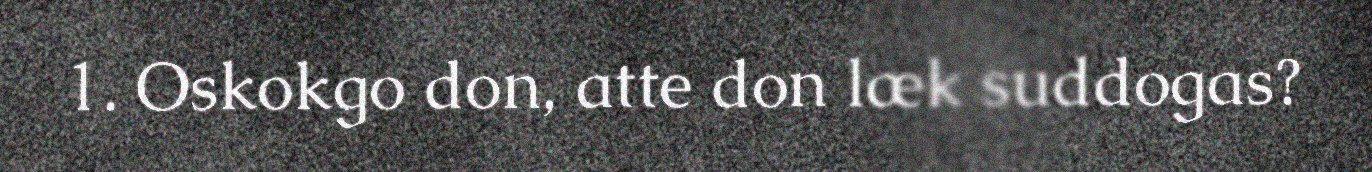
1. Oskokgo don, atte don læk suddogas?